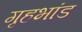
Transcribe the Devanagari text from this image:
गृहभांड